Annual report on the health of the army in India
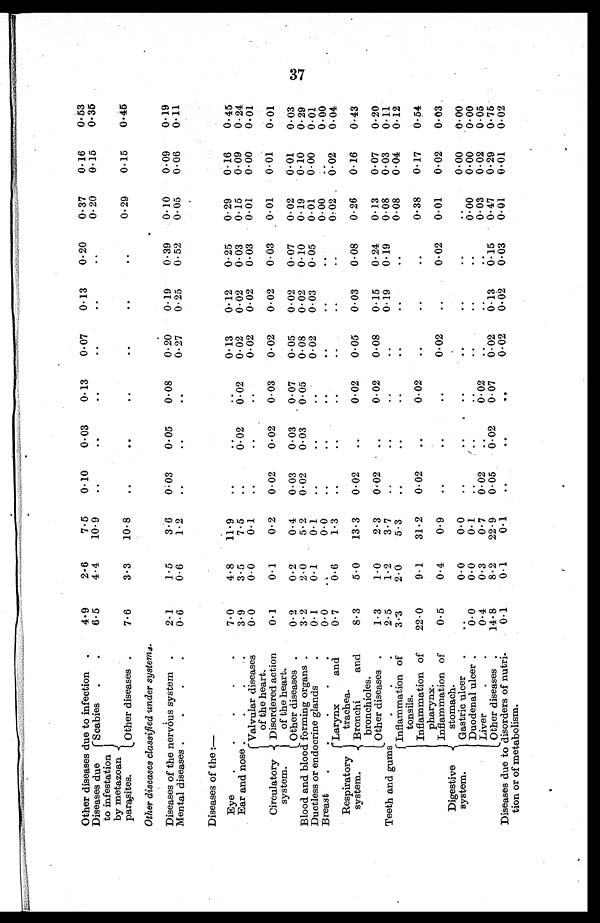
Other diseases due to infection.
4.9
2.6
7.5
0.10
0.03
0.13
0.07
0.13
0.20
0.37
0.16
0.53
Diseases due
to infestation
by metazoan
parasites.
Scabies
. .
6.5
4.4
10.9
. .
. .
..
. .
. .
. .
0.20
0.15
0.35
Other diseases .
7.6
3.3
10.8
. .
. .
. .
. .
. .
. . 0.29 0.15 0.45
Other diseases classified under systems.
Diseases of the nervous system .
2.1
1.5
3.6
0.03
0.05
0.08
0.20
0.19
0.39
0.10
0.09
0.19
Mental diseases.
. .
0.6
0.6
1.2
. .
. .
. .
0.27
0.25
0.52
0.05
0.06
0.11
Diseases of the
:—
Eye
. . . . .
7.0
4.8
11.9
. .
. .
. .
0.13
0.12
0.25
0.29
0.16
0.45
Ear and nose.
. . .
3.9
3.5
7.5
. .
0.02
0.02
0.02
0.02
0.03
0.15
0.09
0.24
Circulatory
s y s t e m .
Valvular diseases
of the heart.
0. 0
0. 0
0. 1
. .
. .
..
0.02
0.02
0.03
0.01
0.00
0.01
Disordered action
of the heart.
0. 1
0.1
0.2
0.02
0.02
0.03
0.02
0.02
0.03
0. 01
0. 01
0. 01
Other diseases .
0.2
0.2
0.4
0.03
0.03 .0.07
0.05
0.02
0.07
0.02
0.01
0.03
Blood and blood forming organs .
3.2
2.0
5.2
0.02
0.03
0.05
0.08
0.02
0.10
0.19
0.10
0.29
Ductless or endocrine glands
.
0. 1
0. 1
0. 1
. .
. .
..
0.02
0.03
0.05
0.01
0.00
0.01
Breast
. . ..
0.0
. .
0.0
. .
. .
..
. .
. .
. .
0. 00
. .
0. 00
Respiratory
system.
Larynx and
trachea.
0.7
0.6
1.3
. .
. .
..
. .
. .
. .
0.02
0.02
0.04
Bronchi
and
bron-chioles.
8.3
5.0
13.3
0.02
. .
0.02
0.05
0.03
0.08
0.26
0.16
0.43
Other diseases.
1.3
1.0
2.3
0.02 . .
0.02
0.08
0.15
0.24
0.13
0.07
0.20
Teeth and gums...
2.5
1.2
3.7
. .
. .
..
. .
0.19
0.19
0.08
0.03
0.11
Digestive
system.
Inflammation of
tonsils.
3.3
2.0
5.3
. .
. .
..
. .
. .
. .
0.08
0.04
0.12
Inflammation of
pharynx.
22.0
9.1
31.2
0.02
. .
0.02
. .
. .
. .
0.38
0.17
0.54
Inflammation of
stomach.
0.5
0.4
0.9
. .
. .
..
0.02
. .
0.02
0.01
0.02
0.03
Gastric ulcer.
..
..
0.0
. .
. . .. ..
.
.
. .
. .
0.00
0.00
Duodenal ulcer.
0.
0
0. 0
0. 1
. .
1
0 . 0 2
. .
. .
. .
0.00
0.00
0. 00
Liver
. .
0 . 4
0.3
0.7
0.02
. .
..
. .
. .
. .
0.03
0.02
0.05
Other diseases .
..
8.2
22.9
0.05
0.02
0.07
0.02
0.13
0.15
0.47
0.29
0.75
Diseases due to disorders of nutri
¬tion or of metabolism.
0. 1
0. 1
0. 1
. .
. .
. .
0.02
0.02
0.03
0.01
0.01
0.02